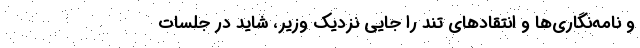
و نامه‌نگاری‌ها و انتقادهای تند را جایی نزدیک وزیر، شاید در جلسات